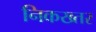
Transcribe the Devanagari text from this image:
निकख्तर